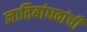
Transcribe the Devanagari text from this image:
ज्ञातिबांधवांची